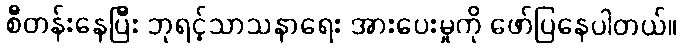
စီတန်းနေပြီး ဘုရင့်သာသနာရေး အားပေးမှုကို ဖော်ပြနေပါတယ်။